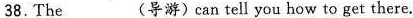
38.The___(导游)can tell you how to get there.